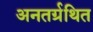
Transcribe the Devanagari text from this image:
अनतर्ग्रथित